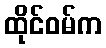
ထိုင်ဝမ်က